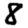
Digit: 8